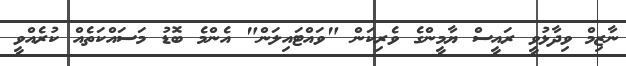
ނާޒިމް ވިދާޅުވީ ރައީސް ޔާމީންގެ ވެރިކަން "ވައްޓައިލަން" އެންމެ ބޮޑު މަސައްކަތެއް ކުރެއްވީ